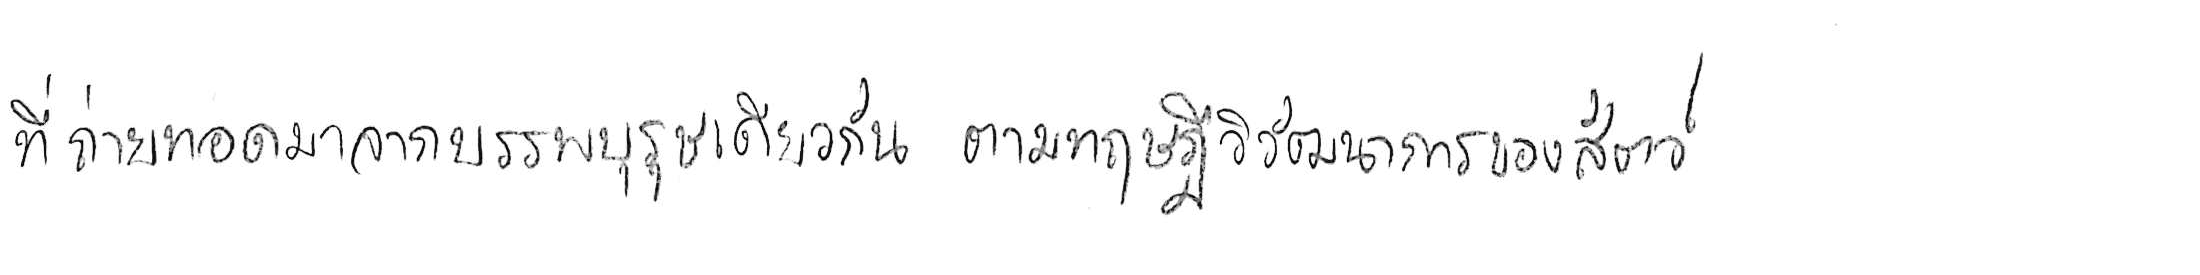
ที่ถ่ายทอดมาจากบรรพบุรุษเดียวกัน ตามทฤษฎีวิวัฒนาการของสัตว์